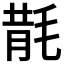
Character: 𣮠